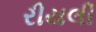
રીયલી